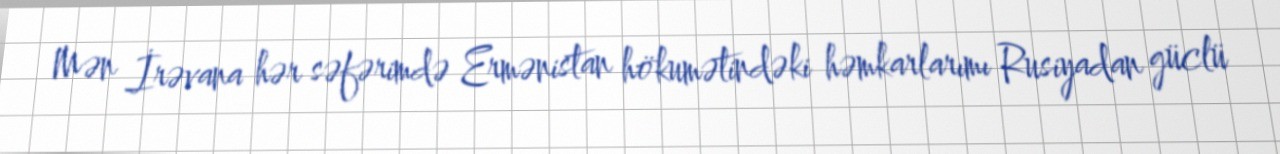
Mən İrəvana hər səfərimdə Ermənistan hökumətindəki həmkarlarımı Rusiyadan güclü